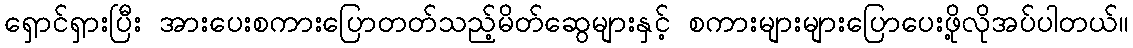
ရှောင်ရှားပြီး အားပေးစကားပြောတတ်သည့်မိတ်ဆွေများနှင့် စကားများများပြောပေးဖို့လိုအပ်ပါတယ်။